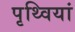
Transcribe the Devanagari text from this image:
पृथ्वियां